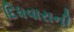
દિધવારાની